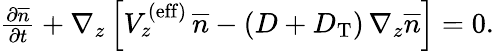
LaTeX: \begin{array}{r}{{\frac{\partial\overline{{n}}}{\partial t}}+\nabla_{z}\left[V_{z}^{\mathrm{(eff)}}\, \overline{{n}}-\left(D+D_{\mathrm{T}}\right)\, \nabla_{z}\overline{{n}}\right]=0.}\end{array}